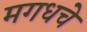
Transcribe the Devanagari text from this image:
मगधचे